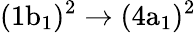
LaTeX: \mathrm{(1b_{1})^{2}\rightarrow(4a_{1})^{2}}